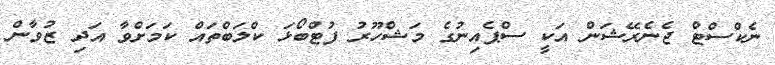
ނެކްސްޓް ޖެނެރޭޝަން އަކީ ސްޕެއިނުގެ މަޝްހޫރު ފުޓްބޯޅަ ކްލަބްތައް ކަމަށްވާ އަދި ޒުވާން